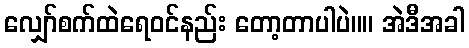
လျှော်စက်ထဲရေ၀င်နည်း တော့တာပါပဲ။။ အဲဒီအခါ